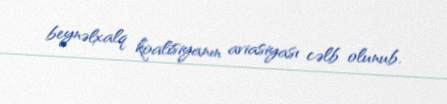
beynəlxalq koalisiyanın aviasiyası cəlb olunub.